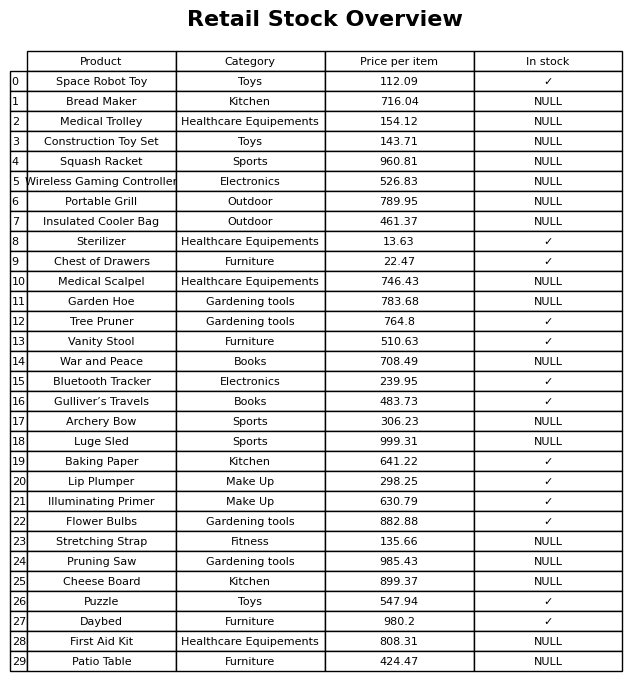
question: What is the price for Baking Paper?
answer: The price of Baking Paper is 641.22.